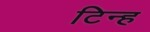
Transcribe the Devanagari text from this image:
टिन्ह